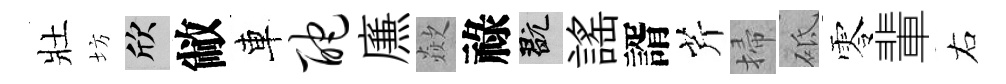
壯坊欣敝車酡㢘歘祿玩謡諝芹掃砥零輩右